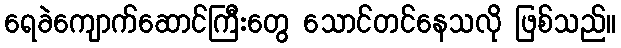
ရေခဲကျောက်ဆောင်ကြီးတွေ သောင်တင်နေသလို ဖြစ်သည်။